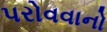
પરોવવાનો